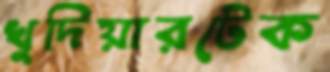
খুদিয়ারটেক